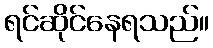
ရင်ဆိုင်နေရသည်။